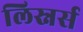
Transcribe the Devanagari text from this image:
लिस्नर्स